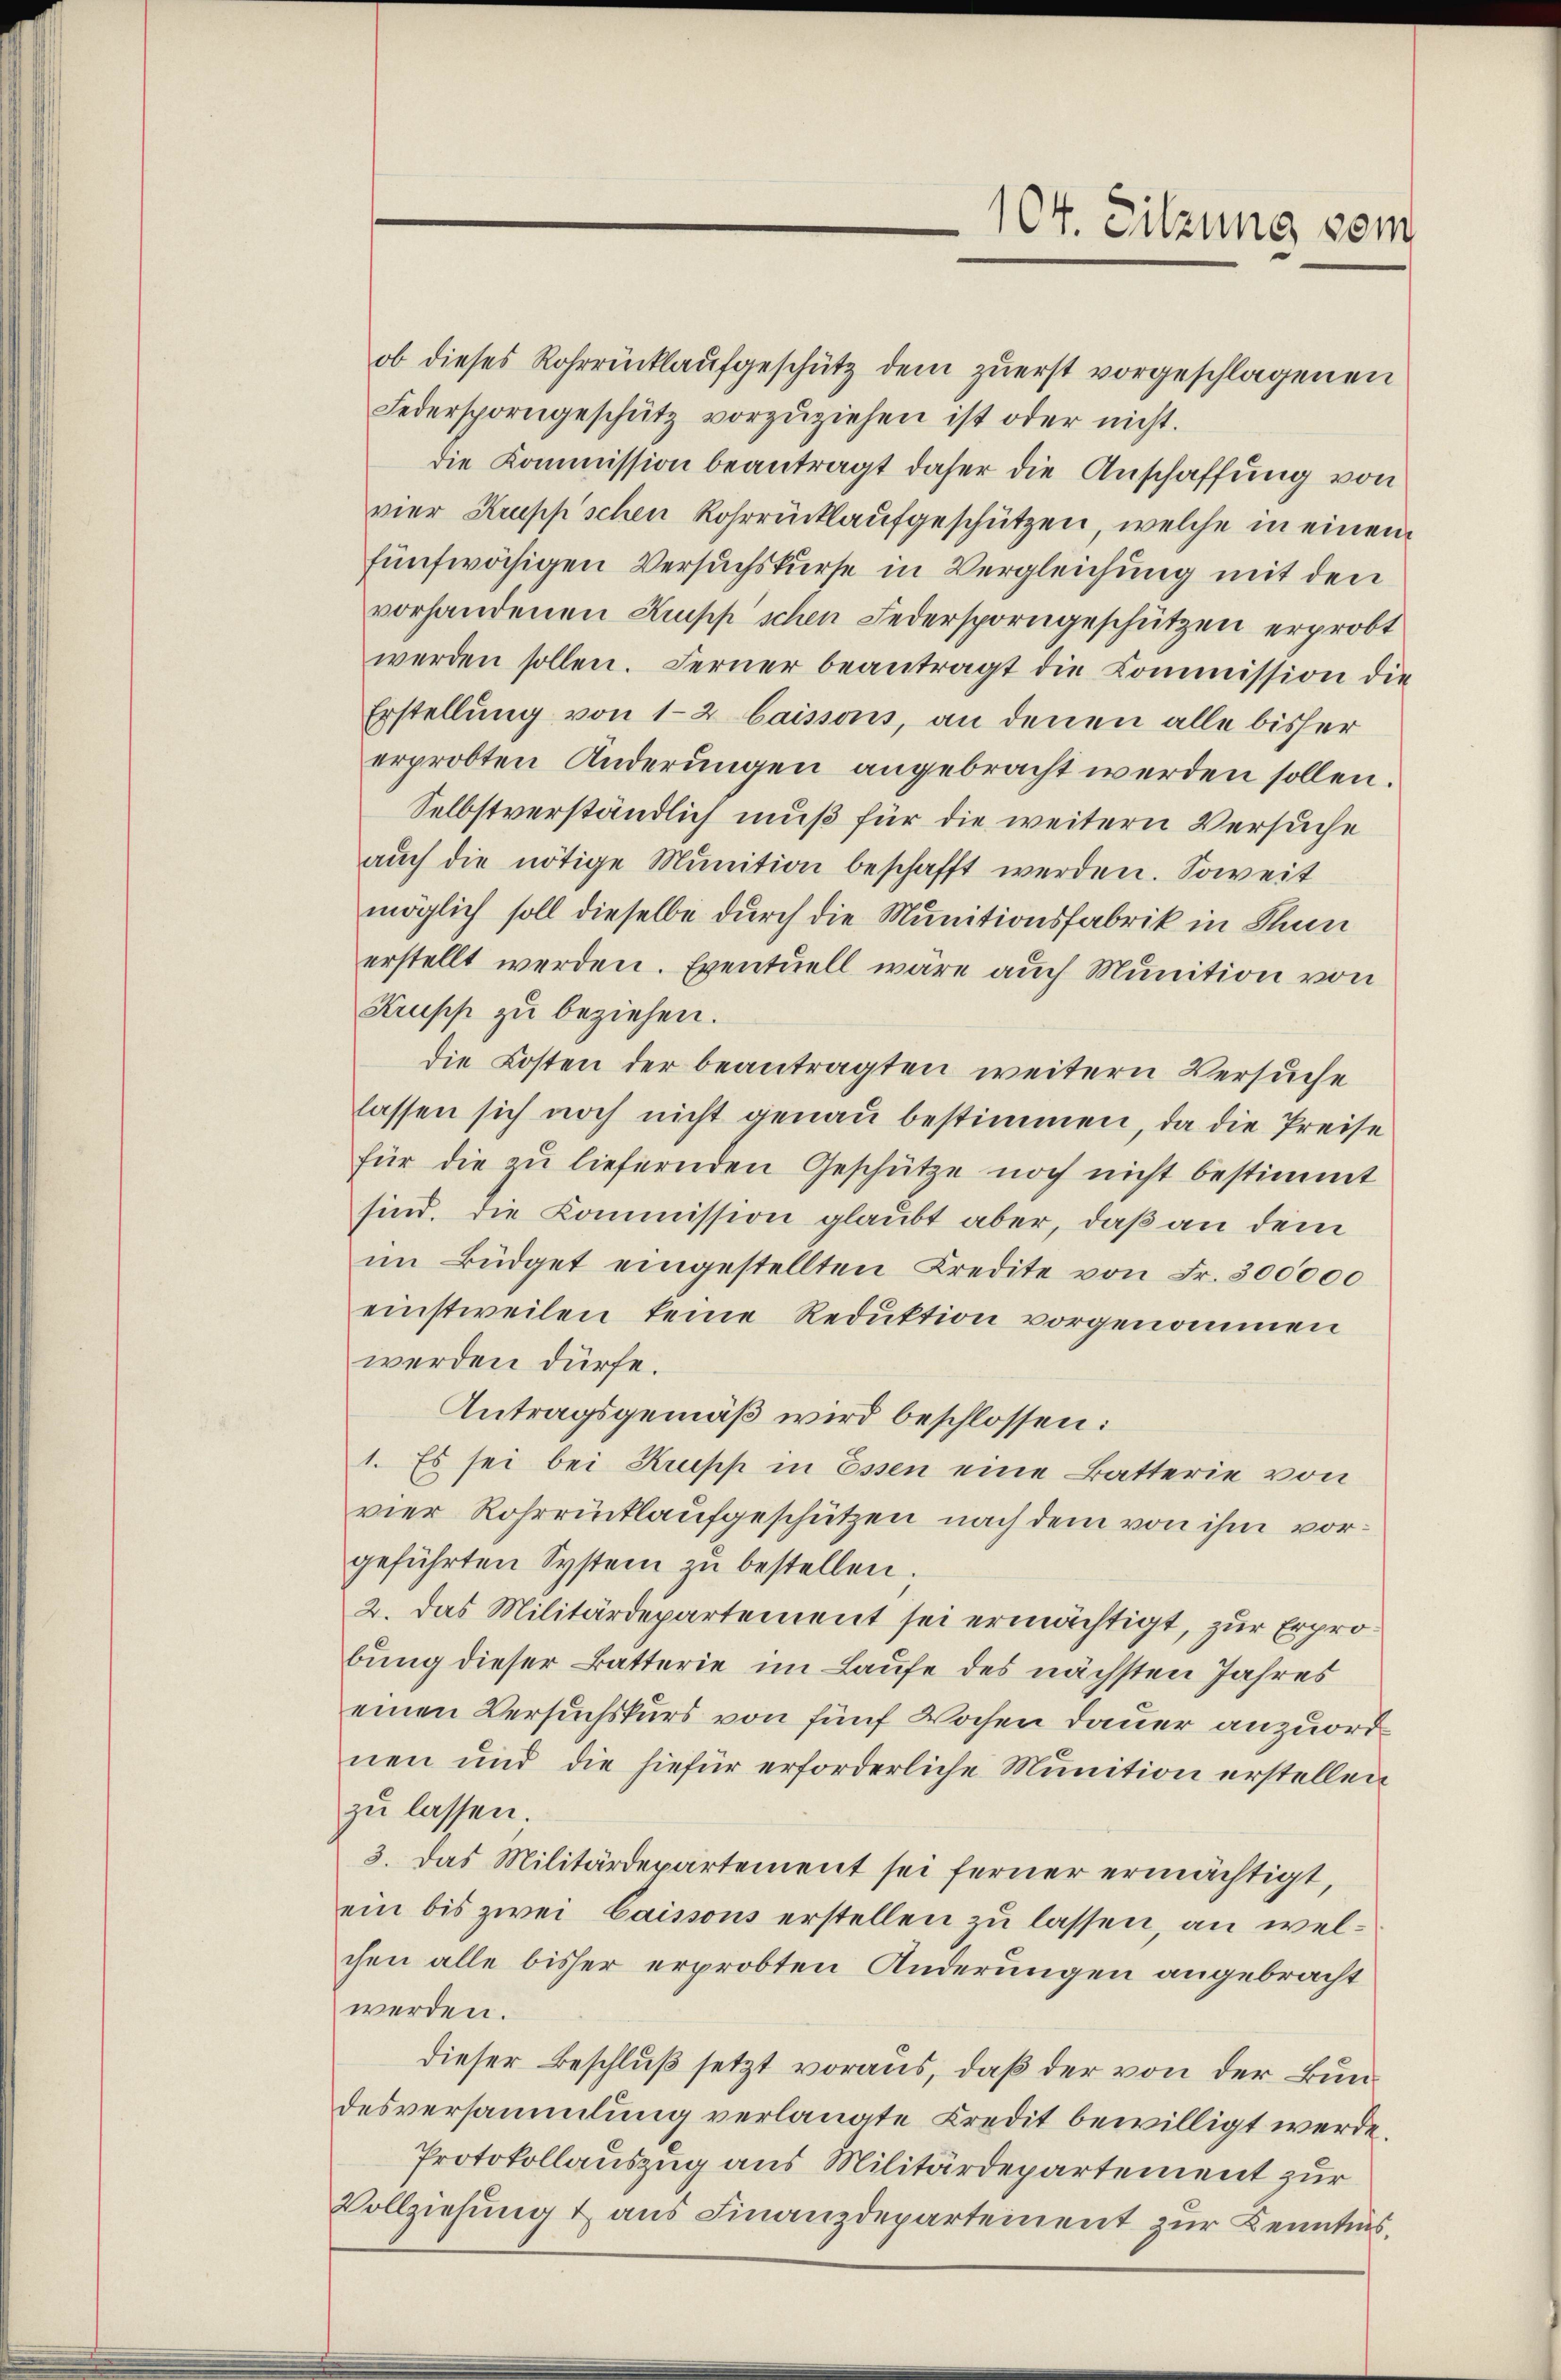
ob dieses Rohrrückhaufgeschütz dem zuerst vorgeschlagenen
Federsporngeschütz vorzŭziehen ist oder nicht.
die Kommission beantragt daher die Anschaffung von
vier Kruppischen Rohrrücklaufgeschützen, welche in einen
fünfwächigen Versuchskurse in Vergleichung mit den
vorhandenen Kupp'schen Federsporngeschützen erprobt
werden sollen. Ferner beantragt die Commission die
Erstellung von 12 laissons, an denen alle bisher
erprobten Änderungen angebracht werden sollen.
Selbstverständlich muß für die weitern Versuche
aŭch die nötige Munition beschafft werden. Soweit
möglich soll dieselbe durch die Munitionsfabrik in Chun
erstellt werden. Eventuell wäre auch Munition von
Krupp zu beziehen.
die Kosten der beantragten weitern Versuche
lassen sich noch nicht genau bestimmen, da die Preise
für die zu liefernden Geschütze noch nicht bestimmt
sind. Die Kommission glaubt aber, daß an dem
im Büdget eingestellten Credite von Fr. 300000
einstweilen keine Reduktion vorgenommen
werden dürfe.
Antragsgemäß wird beschlossen:
1. Es sei bei Krupp in Essen eine Batterie von
vier Rohrrücklaufgeschützen nach dem von ihm vorgeführten System in bestellen.
2. Das Militärdepartement sei ermächtigt, zur Erprobung dieser Batterie im Laufe des nächsten Jahres
einen Versuchskurs von fünf Wochen Dauer anzuordnen und die hiefür erforderliche Munition erstellen
zu lassen.
3. Das Militärdepartement sei ferner ermächtigt,
ein bis zwei Caissons erstellen zu lassen, an welchen alle bisher erprobten Änderungen angebracht
werden.
dieser Beschluß setzt voraus, daß der von der Bundesversammlung verlangte Kredit bewilligt werde.
Protokollauszug aus Militärdepartement zur
Vollziehung & aus Finanzdepartement zur Kenntnis.

104. Sitzung vom